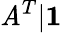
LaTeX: \mathit{A}^{T}|\boldsymbol1